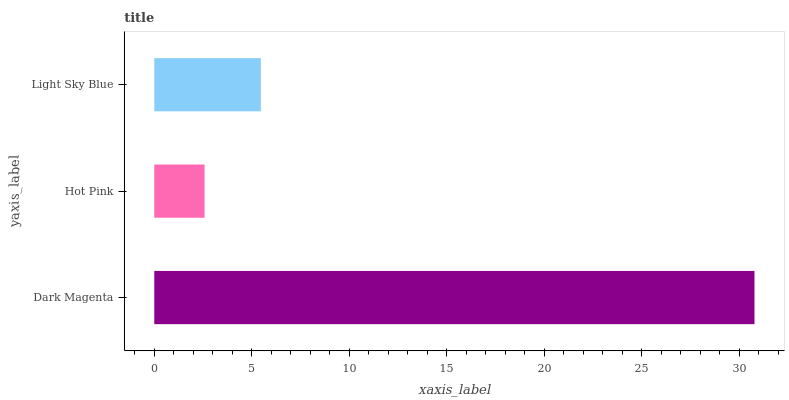
| yaxis_label | bars |
 | --- | --- |
 | Dark Magenta | 30.8 |
 | Hot Pink | 2.58 |
 | Light Sky Blue | 5.46 |